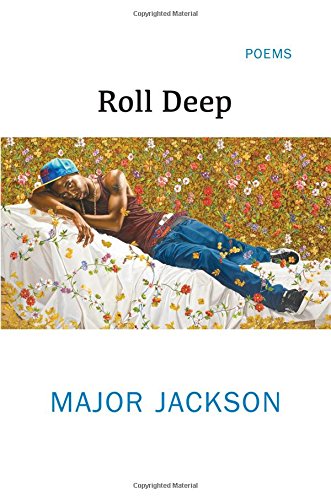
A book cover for Roll Deep: Poems; Major Jackson; Literature & Fiction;